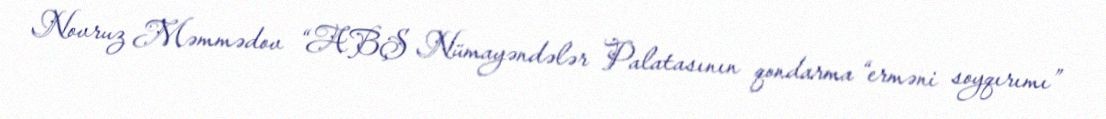
Novruz Məmmədov “ABŞ Nümayəndələr Palatasının qondarma “erməni soyqırımı”